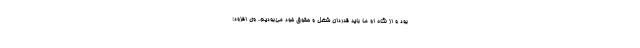
بود و از نگاه او ما باید قدردان شغل و حقوق خود می‌بودیم. وی افزود: